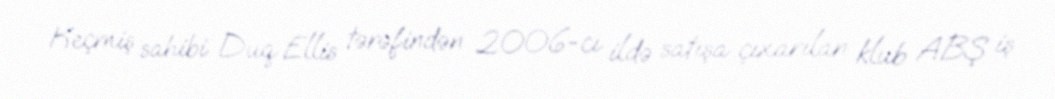
Keçmiş sahibi Duq Ellis tərəfindən 2006-cı ildə satışa çıxarılan klub ABŞ iş